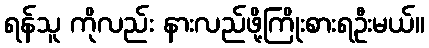
ရန်သူ ကိုလည်း နားလည်ဖို့ကြိုးစားရဦးမယ်။